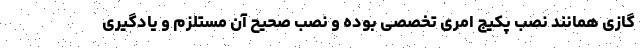
گازی همانند نصب پکیج امری تخصصی بوده و نصب صحیح آن مستلزم و یادگیری